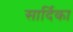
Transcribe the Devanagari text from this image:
सार्दिका